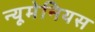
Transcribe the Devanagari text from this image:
न्यूमेनियस